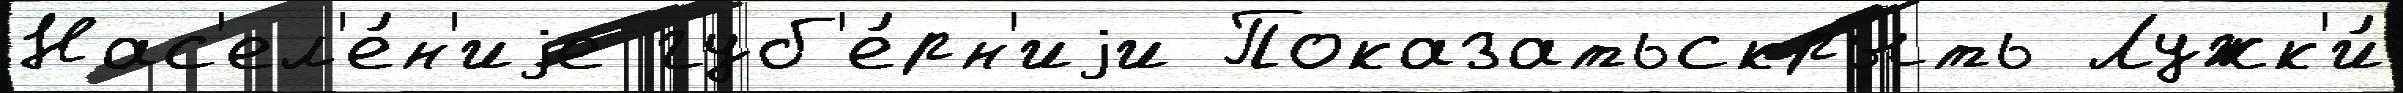
Нас'ел'е́н'иjе губ'е́рн'иjи Показатьскрыть Лужк'и́